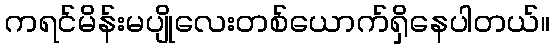
ကရင်မိန်းမပျိုလေးတစ်ယောက်ရှိနေပါတယ်။